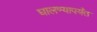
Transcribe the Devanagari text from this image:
घालण्यापर्यंत